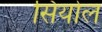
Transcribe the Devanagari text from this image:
सिंयोल